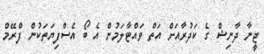
ޖީނާ ދާނިޝް ގެ ކަދުރާއަށް އަތް ވައްޓާލަމުން އެ ބޯ އެސްފިޔަތަކުން ފްރޭމް